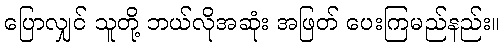
ပြောလျှင် သူတို့ ဘယ်လိုအဆုံး အဖြတ် ပေးကြမည်နည်း။